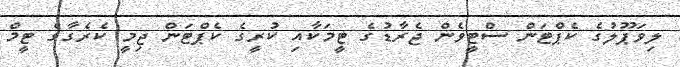
ލިވަޕޫލުގެ ކެޕްޓަން ސްޓީވެން ޖެރާޑުގެ ޓީމަކާއި ކުރީގެ ކެޕްޓަން ޖިމީ ކެރެގާގެ ޓީމް